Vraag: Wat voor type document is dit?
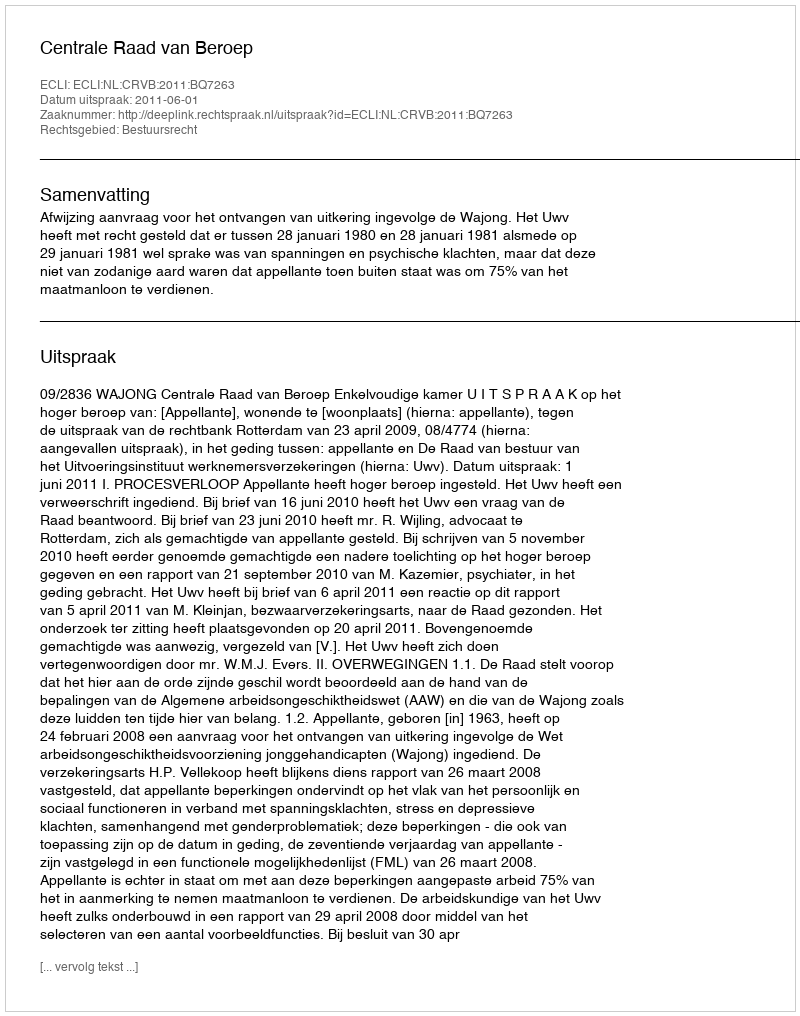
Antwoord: Uitspraak